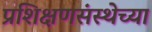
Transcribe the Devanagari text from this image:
प्रशिक्षणसंस्थेच्या